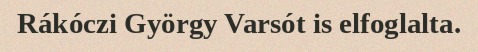
Rákóczi György Varsót is elfoglalta.